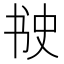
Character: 𰁈